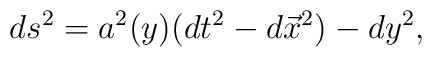
ds^2=a^2(y) (dt^2-d\vec{x}^2)-dy^2,